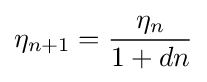
\eta _{n+1}={\frac {\eta _{n}}{1+dn}}